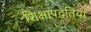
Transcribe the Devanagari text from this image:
शिक्षापद्धतियाँ